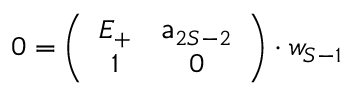
0 = \left( \begin{array} { c c } { { { \cal E } _ { + } } } & { { { \sf a } _ { 2 S - 2 } } } \\ { { 1 } } & { { 0 } } \end{array} \right) \cdot w _ { S - 1 }